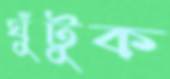
ঘুঁটুক